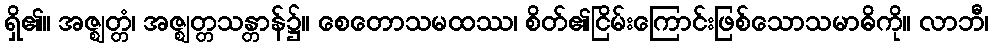
ရှိ၏။ အဇ္ဈတ္တံ၊ အဇ္ဈတ္တသန္တာန်၌။ စေတောသမထဿ၊ စိတ်၏ငြိမ်းကြောင်းဖြစ်သောသမာဓိကို။ လာဘီ၊